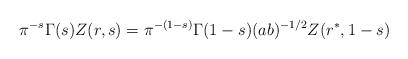
LaTeX: \begin{align*}\pi^{-s}\Gamma(s)Z(r,s)=\pi^{-(1-s)}\Gamma(1-s)(ab)^{-1/2}Z(r^{\ast},1-s)\end{align*}